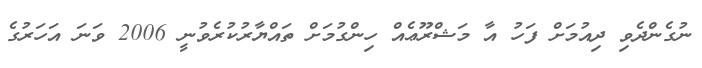
ނުގެންދެވި ދިއުމަށް ފަހު އާ މަޝްރޫޢެއް ހިންގުމަށް ތައްޔާރުކުރެވުނީ 2006 ވަނަ އަހަރުގެ